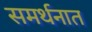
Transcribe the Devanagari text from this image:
समर्थनात